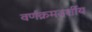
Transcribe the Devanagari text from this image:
वर्णक्रमदर्शीय